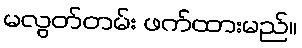
မလွတ်တမ်း ဖက်ထားမည်။